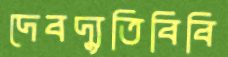
দেবদ্যুতিবিবি